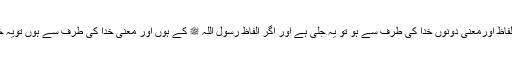
کہ اگر الفاظ اورمعنی دونوں خدا کی طرف سے ہو تو یہ جلی ہے اور اگر الفاظ رسول اللہ ﷺ کے ہوں اور معنی خدا کی طرف سے ہوں تویہ خفی ہے۔